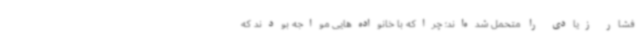
فشار زیادی را متحمل شده‌اند؛ چراکه با خانواده‌هایی مواجه بودند که